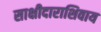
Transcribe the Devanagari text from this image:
साक्षीदाराशिवाय